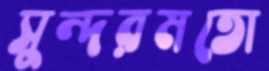
সুন্দরমতো